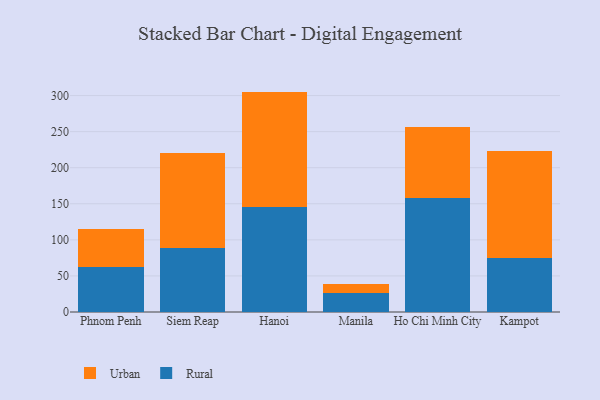
{"axis": {"x": "City", "y": "Operating Costs (USD K)"}, "legend": ["Rural", "Urban"], "data": [{"x": "Phnom Penh", "y": 62.4, "type": "Rural"}, {"x": "Phnom Penh", "y": 52.5, "type": "Urban"}, {"x": "Siem Reap", "y": 89.4, "type": "Rural"}, {"x": "Siem Reap", "y": 130.9, "type": "Urban"}, {"x": "Hanoi", "y": 145.3, "type": "Rural"}, {"x": "Hanoi", "y": 160.2, "type": "Urban"}, {"x": "Manila", "y": 26.7, "type": "Rural"}, {"x": "Manila", "y": 12.1, "type": "Urban"}, {"x": "Ho Chi Minh City", "y": 158.3, "type": "Rural"}, {"x": "Ho Chi Minh City", "y": 97.8, "type": "Urban"}, {"x": "Kampot", "y": 74.3, "type": "Rural"}, {"x": "Kampot", "y": 149.2, "type": "Urban"}]}